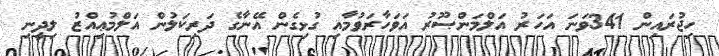
ހިޖުރައިން 341ވަނަ އަހަރު އަލްމަންޞޫރު އަވަހާރަވުމާއި ގުޅިގެން އޭނާގެ ދަރިކަލުން އަލްމުޢިއްޒު ލިދީނި